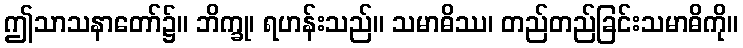
ဤသာသနာတော်၌။ ဘိက္ခု၊ ရဟန်းသည်။ သမာဓိဿ၊ တည်တည်ခြင်းသမာဓိကို။